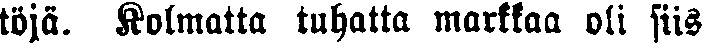
töjä. Kolmatta tuhatta markkaa oli siis